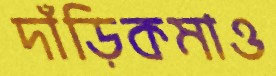
দাঁড়িকমাও